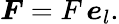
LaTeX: \boldsymbol{F}=F\, \boldsymbol{e}_{l}.